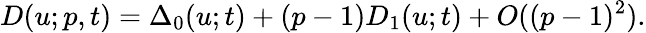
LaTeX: D(u;p,t)=\Delta_{0}(u;t)+(p-1)D_{1}(u;t)+O((p-1)^{2}).